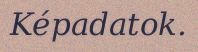
Képadatok.